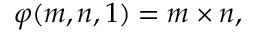
\varphi ( m , n , 1 ) = m \times n ,